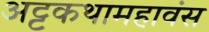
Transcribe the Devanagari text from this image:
अट्टकथामहावंस